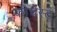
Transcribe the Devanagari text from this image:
कीचेस्ट